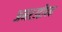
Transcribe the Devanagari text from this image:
अमरउद्दीपक